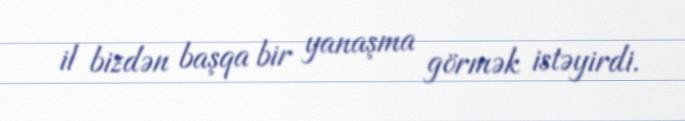
il bizdən başqa bir yanaşma görmək istəyirdi.